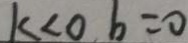
k < 0 , b = 0